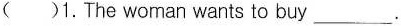
( )1.The woman wants to buy___.